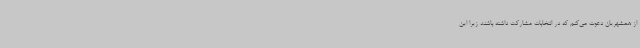
از همشهریان دعوت می‌کنم که در انتخابات مشارکت داشته باشند زیرا این